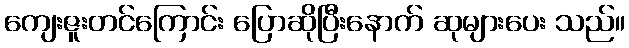
ကျေးဇူးတင်ကြောင်း ပြောဆိုပြီးနောက် ဆုများပေး သည်။